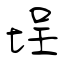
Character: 埕